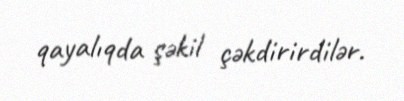
qayalıqda şəkil çəkdirirdilər.